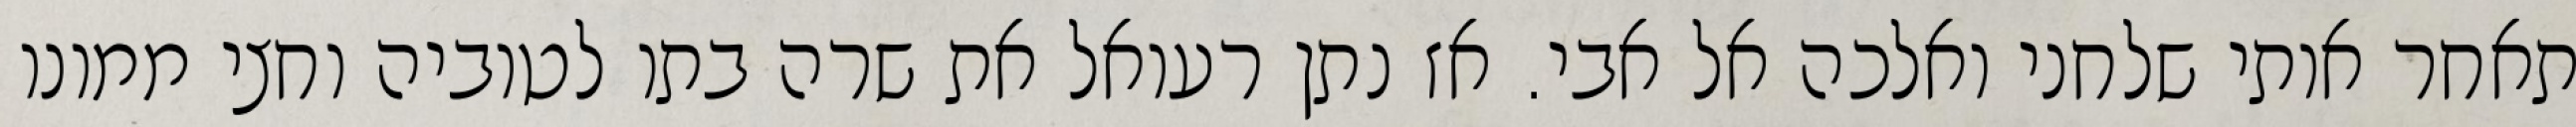
תאחר אותי שלחני ואלכה אל אבי. אז נתן רעואל את שרה בתו לטוביה וחצי ממונו